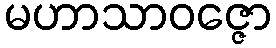
မဟာသာဝဇ္ဇော